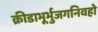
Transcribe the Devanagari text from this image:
क्रीडाभूर्भुजगनिवहो